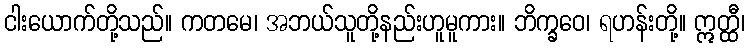
ငါးယောက်တို့သည်။ ကတမေ၊ အဘယ်သူတို့နည်းဟူမူကား။ ဘိက္ခဝေ၊ ရဟန်းတို့။ ဣတ္ထီ၊